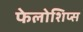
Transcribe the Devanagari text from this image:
फेलोशिप्स